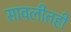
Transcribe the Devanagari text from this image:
सावलीतही